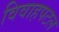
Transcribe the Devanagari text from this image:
विवाहपटल